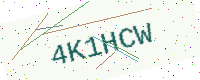
Text: 4K1HCW